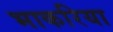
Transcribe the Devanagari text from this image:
भाकरिया